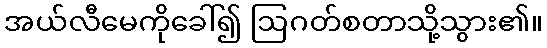
အယ်လီမေကိုခေါ်၍ ဩဂတ်စတာသို့သွား၏။